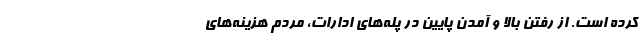
کرده است. از رفتن بالا و آمدن پایین در پله‌های ادارات، مردم هزینه‌های